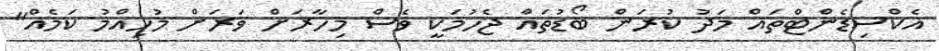
އެކްސިޑެންޓްތައް މަދު ކުރަން ބޯޑުތައް ޖެހުމަކީ ވެސް މިހާރަށް ވަރަށް މުހިއްމު ކަމެއް"